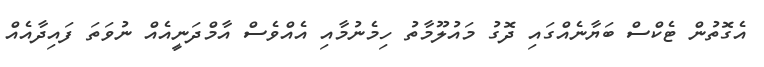
އެގޮތުން ޓެކްސް ބަޔާނެއްގައި ދޮގު މައުލޫމާތު ހިމެނުމާއި އެއްވެސް އާމްދަނީއެއް ނުވަތަ ފައިދާއެއް